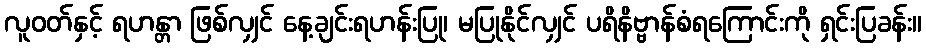
လူဝတ်နှင့် ရဟန္တာ ဖြစ်လျှင် နေ့ချင်းရဟန်းပြု၊ မပြုနိုင်လျှင် ပရိနိဗ္ဗာန်စံရကြောင်းကို ရှင်းပြခန်း။